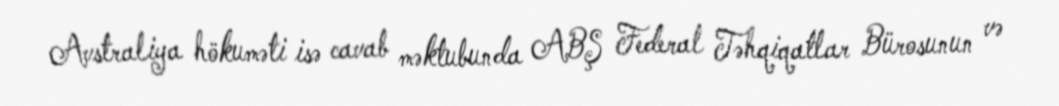
Avstraliya hökuməti isə cavab məktubunda ABŞ Federal Təhqiqatlar Bürosunun və